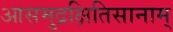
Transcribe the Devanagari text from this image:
आसमुद्रक्षितिसानाम्